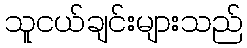
သူငယ်ချင်းများသည်